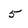
Character: 5